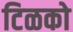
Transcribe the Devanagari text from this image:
टिळको